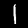
Digit: 1